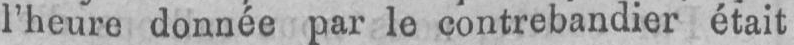
l’heure donnée par le contrebandier était